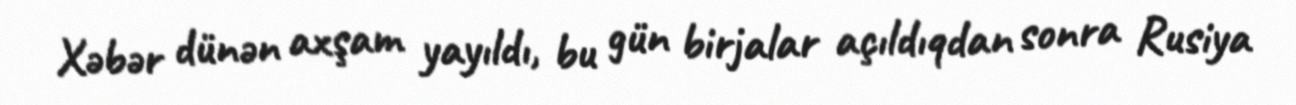
Xəbər dünən axşam yayıldı, bu gün birjalar açıldıqdan sonra Rusiya